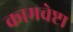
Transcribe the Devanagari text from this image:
कामचेष्टा